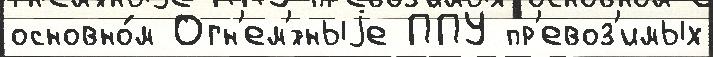
основно́м Огн'ем'́тныjе ППУ пр'евоз'имых